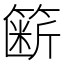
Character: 簖